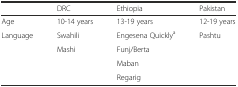
<table><thead><tr><td></td><td><b>DRC</b></td><td><b>Ethiopia</b></td><td><b>Pakistan</b></td></tr></thead><tbody><tr><td>Age</td><td>10-14 years</td><td>13-19 years</td><td>12-19 years</td></tr><tr><td rowspan="4">Language</td><td>Swahili</td><td>Engesena Quickly<sup>a</sup></td><td rowspan="4">Pashtu</td></tr><tr><td rowspan="3">Mashi</td><td>Funj/Berta</td></tr><tr><td>Maban</td></tr><tr><td>Regarig</td></tr></tbody></table>